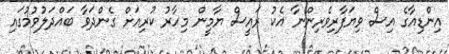
އިންޑިއާގެ އިސް ވިޔަފާރިވެރިންނާ އެކު ރައީސް ޔާމީން މިހާރު ކުރިއަށް ގެންދަވާ ބައްދަލުވުމުގައި